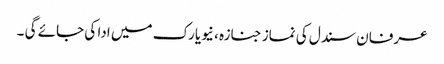
عرفان سندل کی نماز جنازہ ، نیویارک میں ادا کی جائے گی ۔